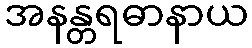
အနန္တရဓာနာယ